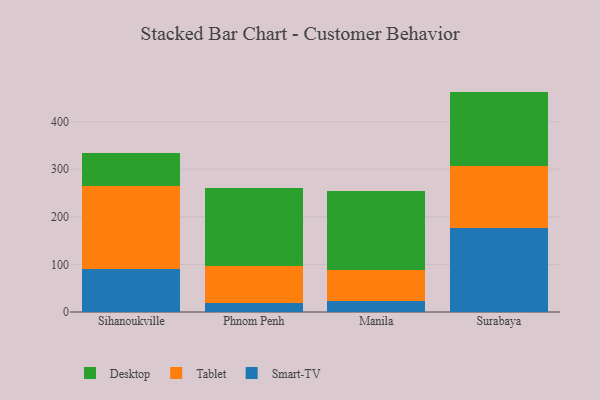
{"axis": {"x": "City", "y": "Latency (ms)"}, "legend": ["Desktop", "Smart-TV", "Tablet"], "data": [{"x": "Sihanoukville", "y": 89.9, "type": "Smart-TV"}, {"x": "Sihanoukville", "y": 175.5, "type": "Tablet"}, {"x": "Sihanoukville", "y": 68.4, "type": "Desktop"}, {"x": "Phnom Penh", "y": 18.9, "type": "Smart-TV"}, {"x": "Phnom Penh", "y": 77.9, "type": "Tablet"}, {"x": "Phnom Penh", "y": 164.0, "type": "Desktop"}, {"x": "Manila", "y": 23.5, "type": "Smart-TV"}, {"x": "Manila", "y": 65.5, "type": "Tablet"}, {"x": "Manila", "y": 164.4, "type": "Desktop"}, {"x": "Surabaya", "y": 176.7, "type": "Smart-TV"}, {"x": "Surabaya", "y": 129.2, "type": "Tablet"}, {"x": "Surabaya", "y": 157.2, "type": "Desktop"}]}